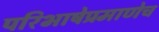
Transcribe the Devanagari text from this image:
परिभाषेप्रमाणेच